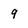
Character: 9